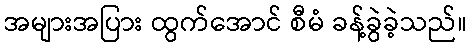
အများအပြား ထွက်အောင် စီမံ ခန့်ခွဲခဲ့သည်။